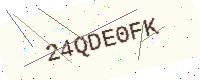
Text: 24QDE0FK